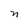
Character: n